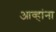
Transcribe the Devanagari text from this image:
आव्हांना